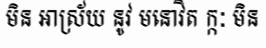
មិន អាស្រ័យ នូវ មនោវិត ក្កៈ មិន